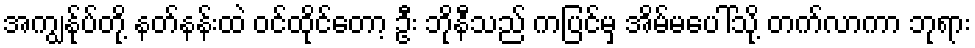
အကျွန်ုပ်တို့ နတ်နန်းထဲ ဝင်ထိုင်တော့ ဦး ဘိုနီသည် ကပြင်မှ အိမ်မပေါ်သို့ တက်လာကာ ဘုရား